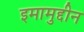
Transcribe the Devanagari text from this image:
इमामुद्दीन